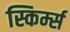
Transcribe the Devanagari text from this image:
स्किर्म्स